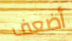
أضعف